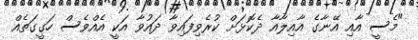
"މެސީ އާއި އޭނާގެ އާއިލާއާ ދެކޮޅަށް ކުރެވިފައިވާ ދައުވާ އަކީ އެއްވެސް ހަގީގަތެއް